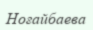
Ноғайбаева